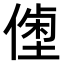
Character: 𠍝